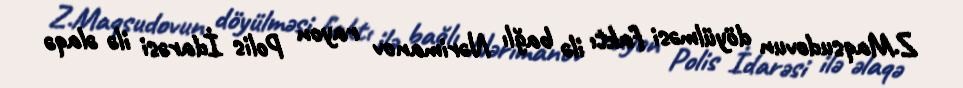
Z.Maqsudovun döyülməsi faktı ilə bağlı Nərimanov rayon Polis İdarəsi ilə əlaqə